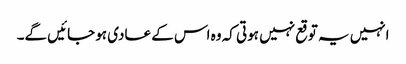
انہیں یہ توقع نہیں ہوتی کہ وہ اس کے عادی ہو جائیں گے۔